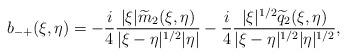
LaTeX: \begin{align*}b_{-+}(\xi,\eta) & = - \frac{i}{4}\frac{|\xi| \widetilde{m}_2(\xi,\eta)}{|\xi-\eta|^{1/2} |\eta|} - \frac{i}{4}\frac{|\xi|^{1/2} \widetilde{q}_2(\xi,\eta)}{ |\xi-\eta|^{1/2}|\eta|^{1/2}},\end{align*}